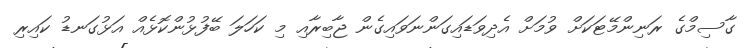
ގާސިމްގެ ރަނިންމޭޓަކަށް ވުމަށް އެދިވަޑައިގަންނަވައިގެން ޖާބިރާއި މި ކަހަލަ ބޭފުޅުންކޮޅެއް އަޅުގަނޑު ކައިރި